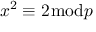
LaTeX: x ^ { 2 } \equiv 2 { \bmod { p } }